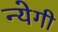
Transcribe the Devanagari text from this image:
न्येगी